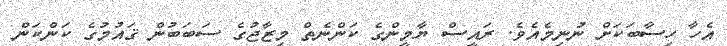
އެހާ ހިސާބަކަށް ނުނިމެއެވެ. ރައީސް ޔާމީންގެ ކަންނެތް މިޒާޖުގެ ސަބަބުން ޤައުމުގެ ކަންކަން